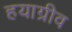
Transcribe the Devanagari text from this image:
हयाग्रीव